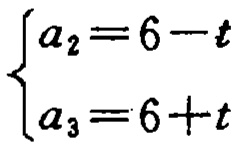
\[\begin{cases}
a_{2}=6 - t\\
a_{3}=6 + t
\end{cases}\]